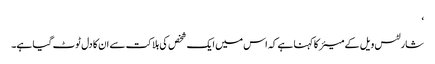
‘
شارلٹس ویل کے میئر کا کہنا ہے کہ اس میں ایک شخص کی ہلاکت سے ان کا دل ٹوٹ گیا ہے۔